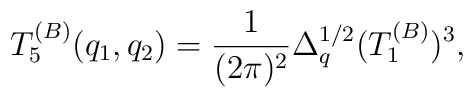
T_5^{(B)} (q_1, q_2) = {1\over (2\pi)^2} \Delta_q^{1/2} (T_1^{(B)})^3,